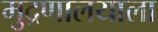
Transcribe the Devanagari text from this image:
मुद्रणालयाला